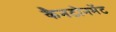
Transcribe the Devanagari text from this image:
कैनटोनमेंट